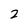
Character: 2